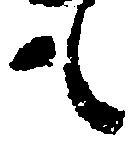
も